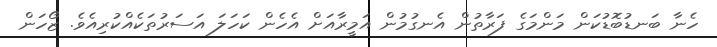
ހެނާ ބަނޑުބޮޑުކަން މަންމަގެ ފަރާތުން އެނގުމުން އަމީރާއަށް އެހެން ކަހަލަ އަސަރުތަކެއްކުރިއެވެ. ޒޯހަން